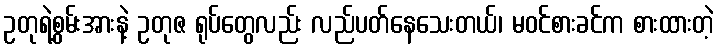
ဥတုရဲ့စွမ်းအားနဲ့ ဥတုဇ ရုပ်တွေလည်း လည်ပတ်နေသေးတယ်၊ မဝင်စားခင်က စားထားတဲ့